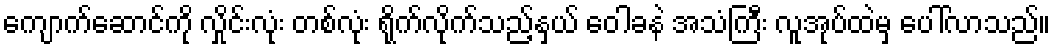
ကျောက်ဆောင်ကို လှိုင်းလုံး တစ်လုံး ရိုက်လိုက်သည့်နှယ် ဝေါခနဲ အသံကြီး လူအုပ်ထဲမှ ပေါ်လာသည်။